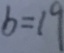
b = 1 9